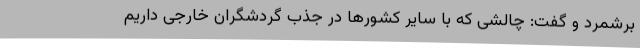
برشمرد و گفت: چالشی که با سایر کشورها در جذب گردشگران خارجی داریم